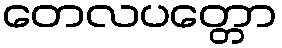
တေလပတ္တော